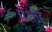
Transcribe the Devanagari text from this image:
प्रशीद्द